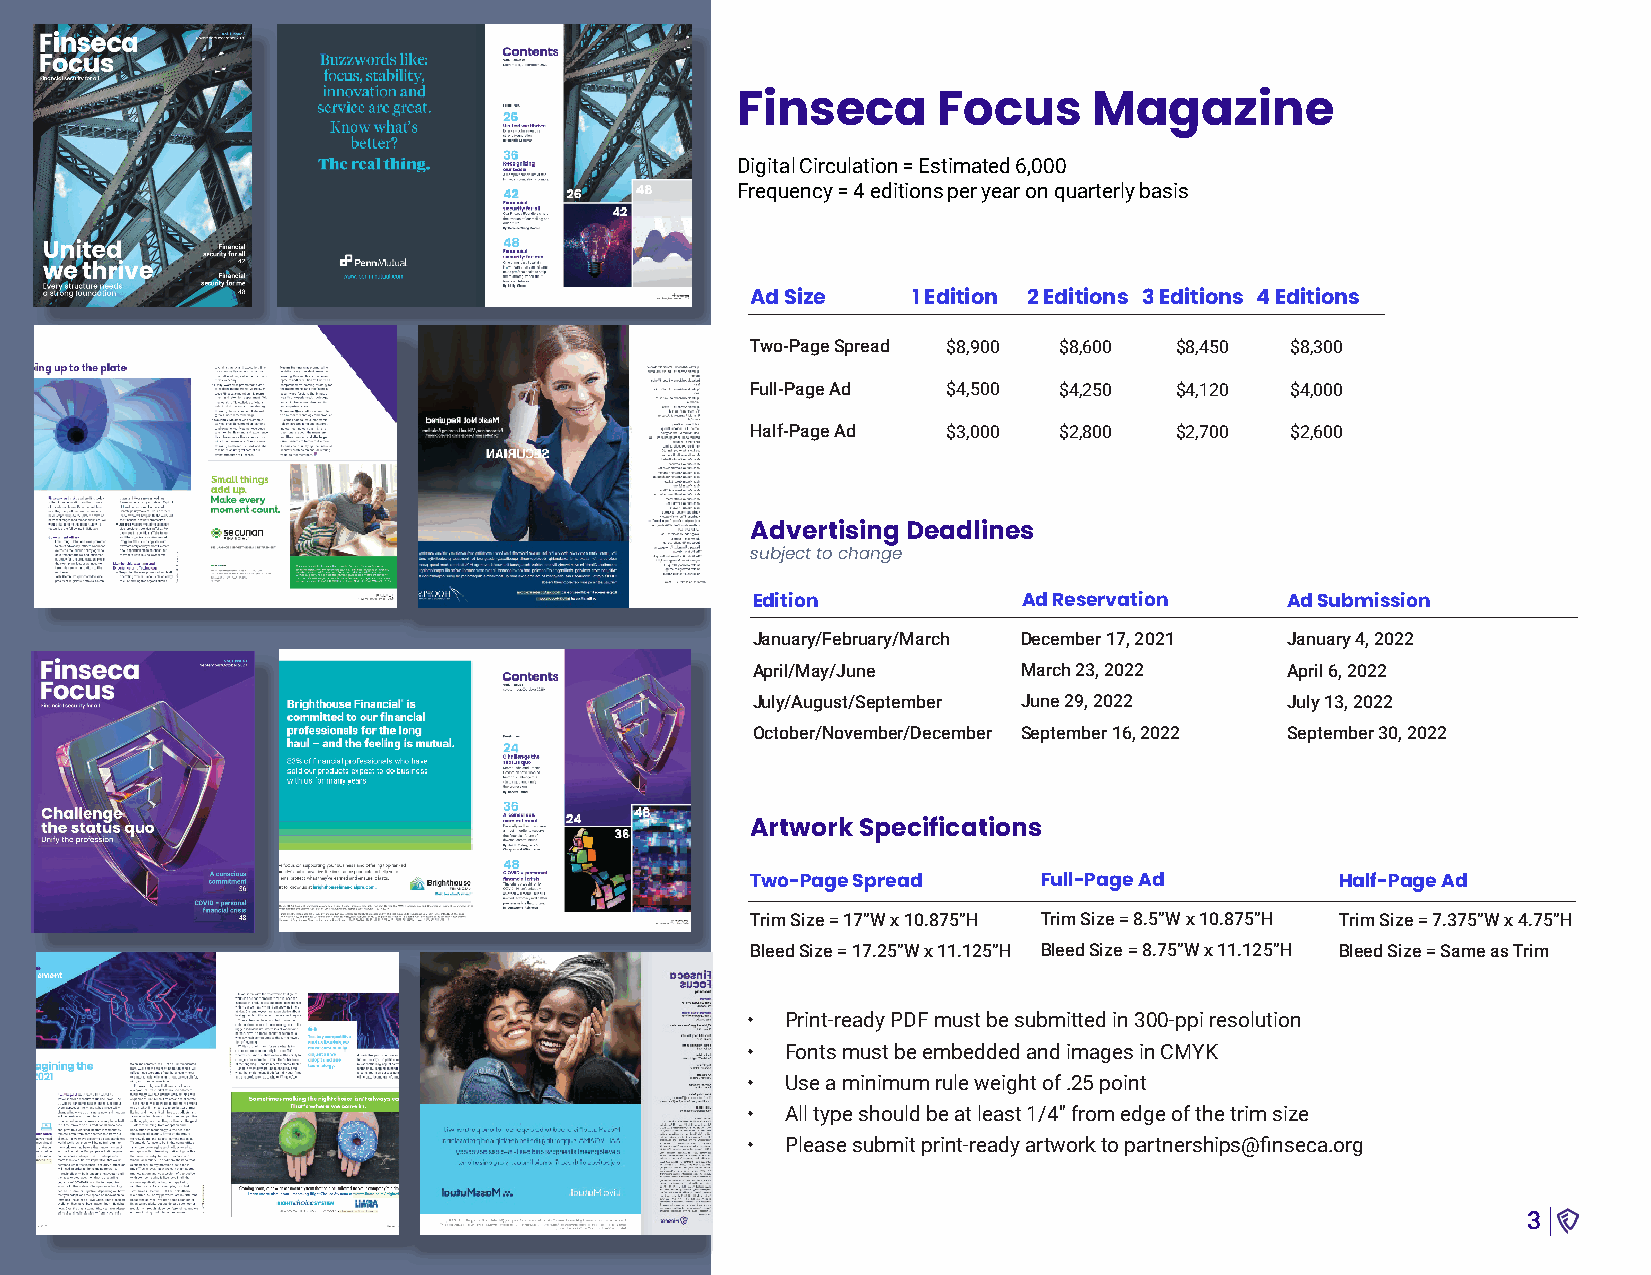
Finseca      Focus     Magazine
 Digital Circulation = Estimated 6,000
 Frequency = 4 editions per year on quarterly basis
 Ad Size   1 Edition 2 Editions 3 Editions 4 Editions
 Two-Page Spread $8,900 $8,600 $8,450 $8,300
 Full-Page Ad $4,500 $4,250  $4,120 $4,000
 Half-Page Ad $3,000 $2,800  $2,700 $2,600
 Advertising Deadlines
 subject to change
 Edition           Ad Reservation   Ad Submission
 January/February/March December 17, 2021 January 4, 2022
 April/May/June    March 23, 2022   April 6, 2022
 July/August/September June 29, 2022 July 13, 2022
 October/November/December September 16, 2022 September 30, 2022
 Artwork Specifications
 Two-Page Spread    Full-Page Ad        Half-Page Ad
 Trim Size = 17”W x 10.875”H Trim Size = 8.5”W x 10.875”H Trim Size = 7.375”W x 4.75”H
 Bleed Size = 17.25”W x 11.125”H Bleed Size = 8.75”W x 11.125”H Bleed Size = Same as Trim
 •  Print-ready PDF must be submitted in 300-ppi resolution
 •  Fonts must be embedded and images in CMYK
 •  Use a minimum rule weight of .25 point
 •  All type should be at least 1/4" from edge of the trim size
 •  Please submit print-ready artwork to partnerships@finseca.org
 3